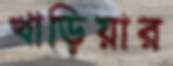
খাড়িয়ার